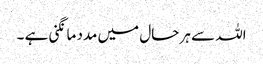
اللہ سے ہر حال میں مدد مانگنی ہے ۔